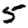
Digit: 5